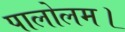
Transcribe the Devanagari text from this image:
पालोलम।